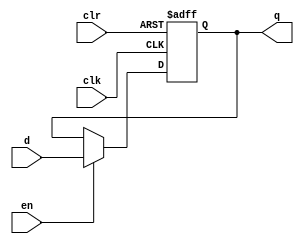
module D(
	input wire clk,
	input wire clr,
	input wire en,
	input wire d,
	output reg q
);
	
	always@(posedge clk or posedge clr)begin
		if (clr)
			q <= 1'b0;
		else if (en)
			q <= d;
		else
			q <= q;
	end
endmodule